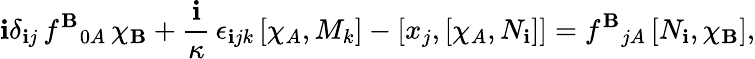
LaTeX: \mathbf{i}\delta_{\mathbf{i}j}\, f^{\mathbf{B}}{}_{0A}\, \chi_{\mathbf{B}}+\frac{{\mathbf{i}}}{\kappa}\, \epsilon_{\mathbf{i}jk}\, [\chi_{A},M_{k}]-[x_{j},[\chi_{A},N_{\mathbf{i}}]]=f^{\mathbf{B}}{}_{jA}\, [N_{\mathbf{i}},\chi_{\mathbf{B}}],